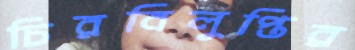
চিরবিলুপ্তির